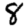
Digit: 8